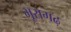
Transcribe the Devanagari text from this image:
भूरागढ़